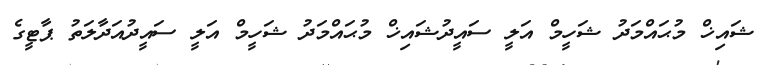
ޝައިޚް މުޙައްމަދު ޝަހީމް އަލީ ސައީދުޝައިޚް މުޙައްމަދު ޝަހީމް އަލީ ސައީދުއަދާލަތު ޕާޓީގެ